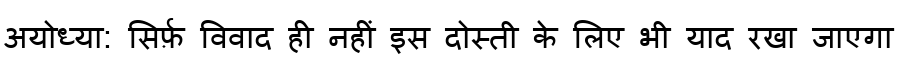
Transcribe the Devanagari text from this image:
अयोध्या: सिर्फ़ विवाद ही नहीं इस दोस्ती के लिए भी याद रखा जाएगा